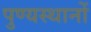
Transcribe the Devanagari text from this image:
पुण्यस्थानों